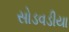
સોડવડીયા